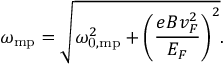
\omega _ { \mathrm { m p } } = \sqrt { \omega _ { \mathrm { 0 , m p } } ^ { 2 } + \left( \frac { e B v _ { F } ^ { 2 } } { E _ { F } } \right) ^ { 2 } } .